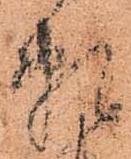
頼